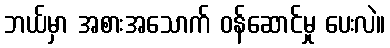
ဘယ်မှာ အစားအသောက် ဝန်ဆောင်မှု ပေးလဲ။